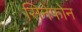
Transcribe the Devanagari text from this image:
सिनेफोन